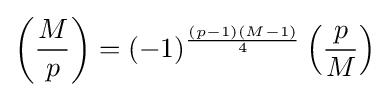
\left({\frac {M}{p}}\right)=(-1)^{\frac {(p-1)(M-1)}{4}}\left({\frac {p}{M}}\right)